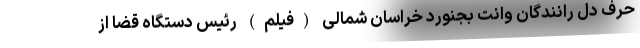
حرف دل رانندگان وانت بجنورد خراسان شمالی (فیلم) رئیس دستگاه قضا از